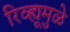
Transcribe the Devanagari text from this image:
रिव्ह्यूमुळे